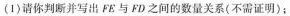
(1) 请你判断并写出 FE 与 FD 之间的数量关系(不需证明)；